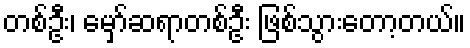
တစ်ဦး၊ မှော်ဆရာတစ်ဦး ဖြစ်သွားတော့တယ်။